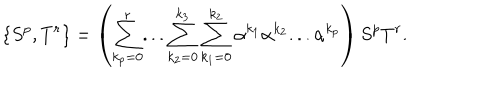
\{ S ^ { p } , T ^ { r } \} = \left( \sum _ { k _ { p } = 0 } ^ { r } . . . \sum _ { k _ { 2 } = 0 } ^ { k _ { 3 } } \sum _ { k _ { 1 } = 0 } ^ { k _ { 2 } } \alpha ^ { k _ { 1 } } \alpha ^ { k _ { 2 } } . . . \alpha ^ { k _ { p } } \right) S ^ { p } T ^ { r } .